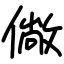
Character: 僘